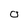
Character: o